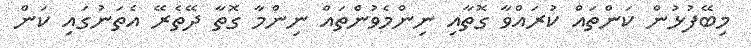
މިބޭފުޅުން ކަންތައް ކުރައްވާ ގޮތާއި ނިންމެވުންތައް ނިންމާ ގޮތާ ދޭތެރޭ އެތަނުގައި ކަން